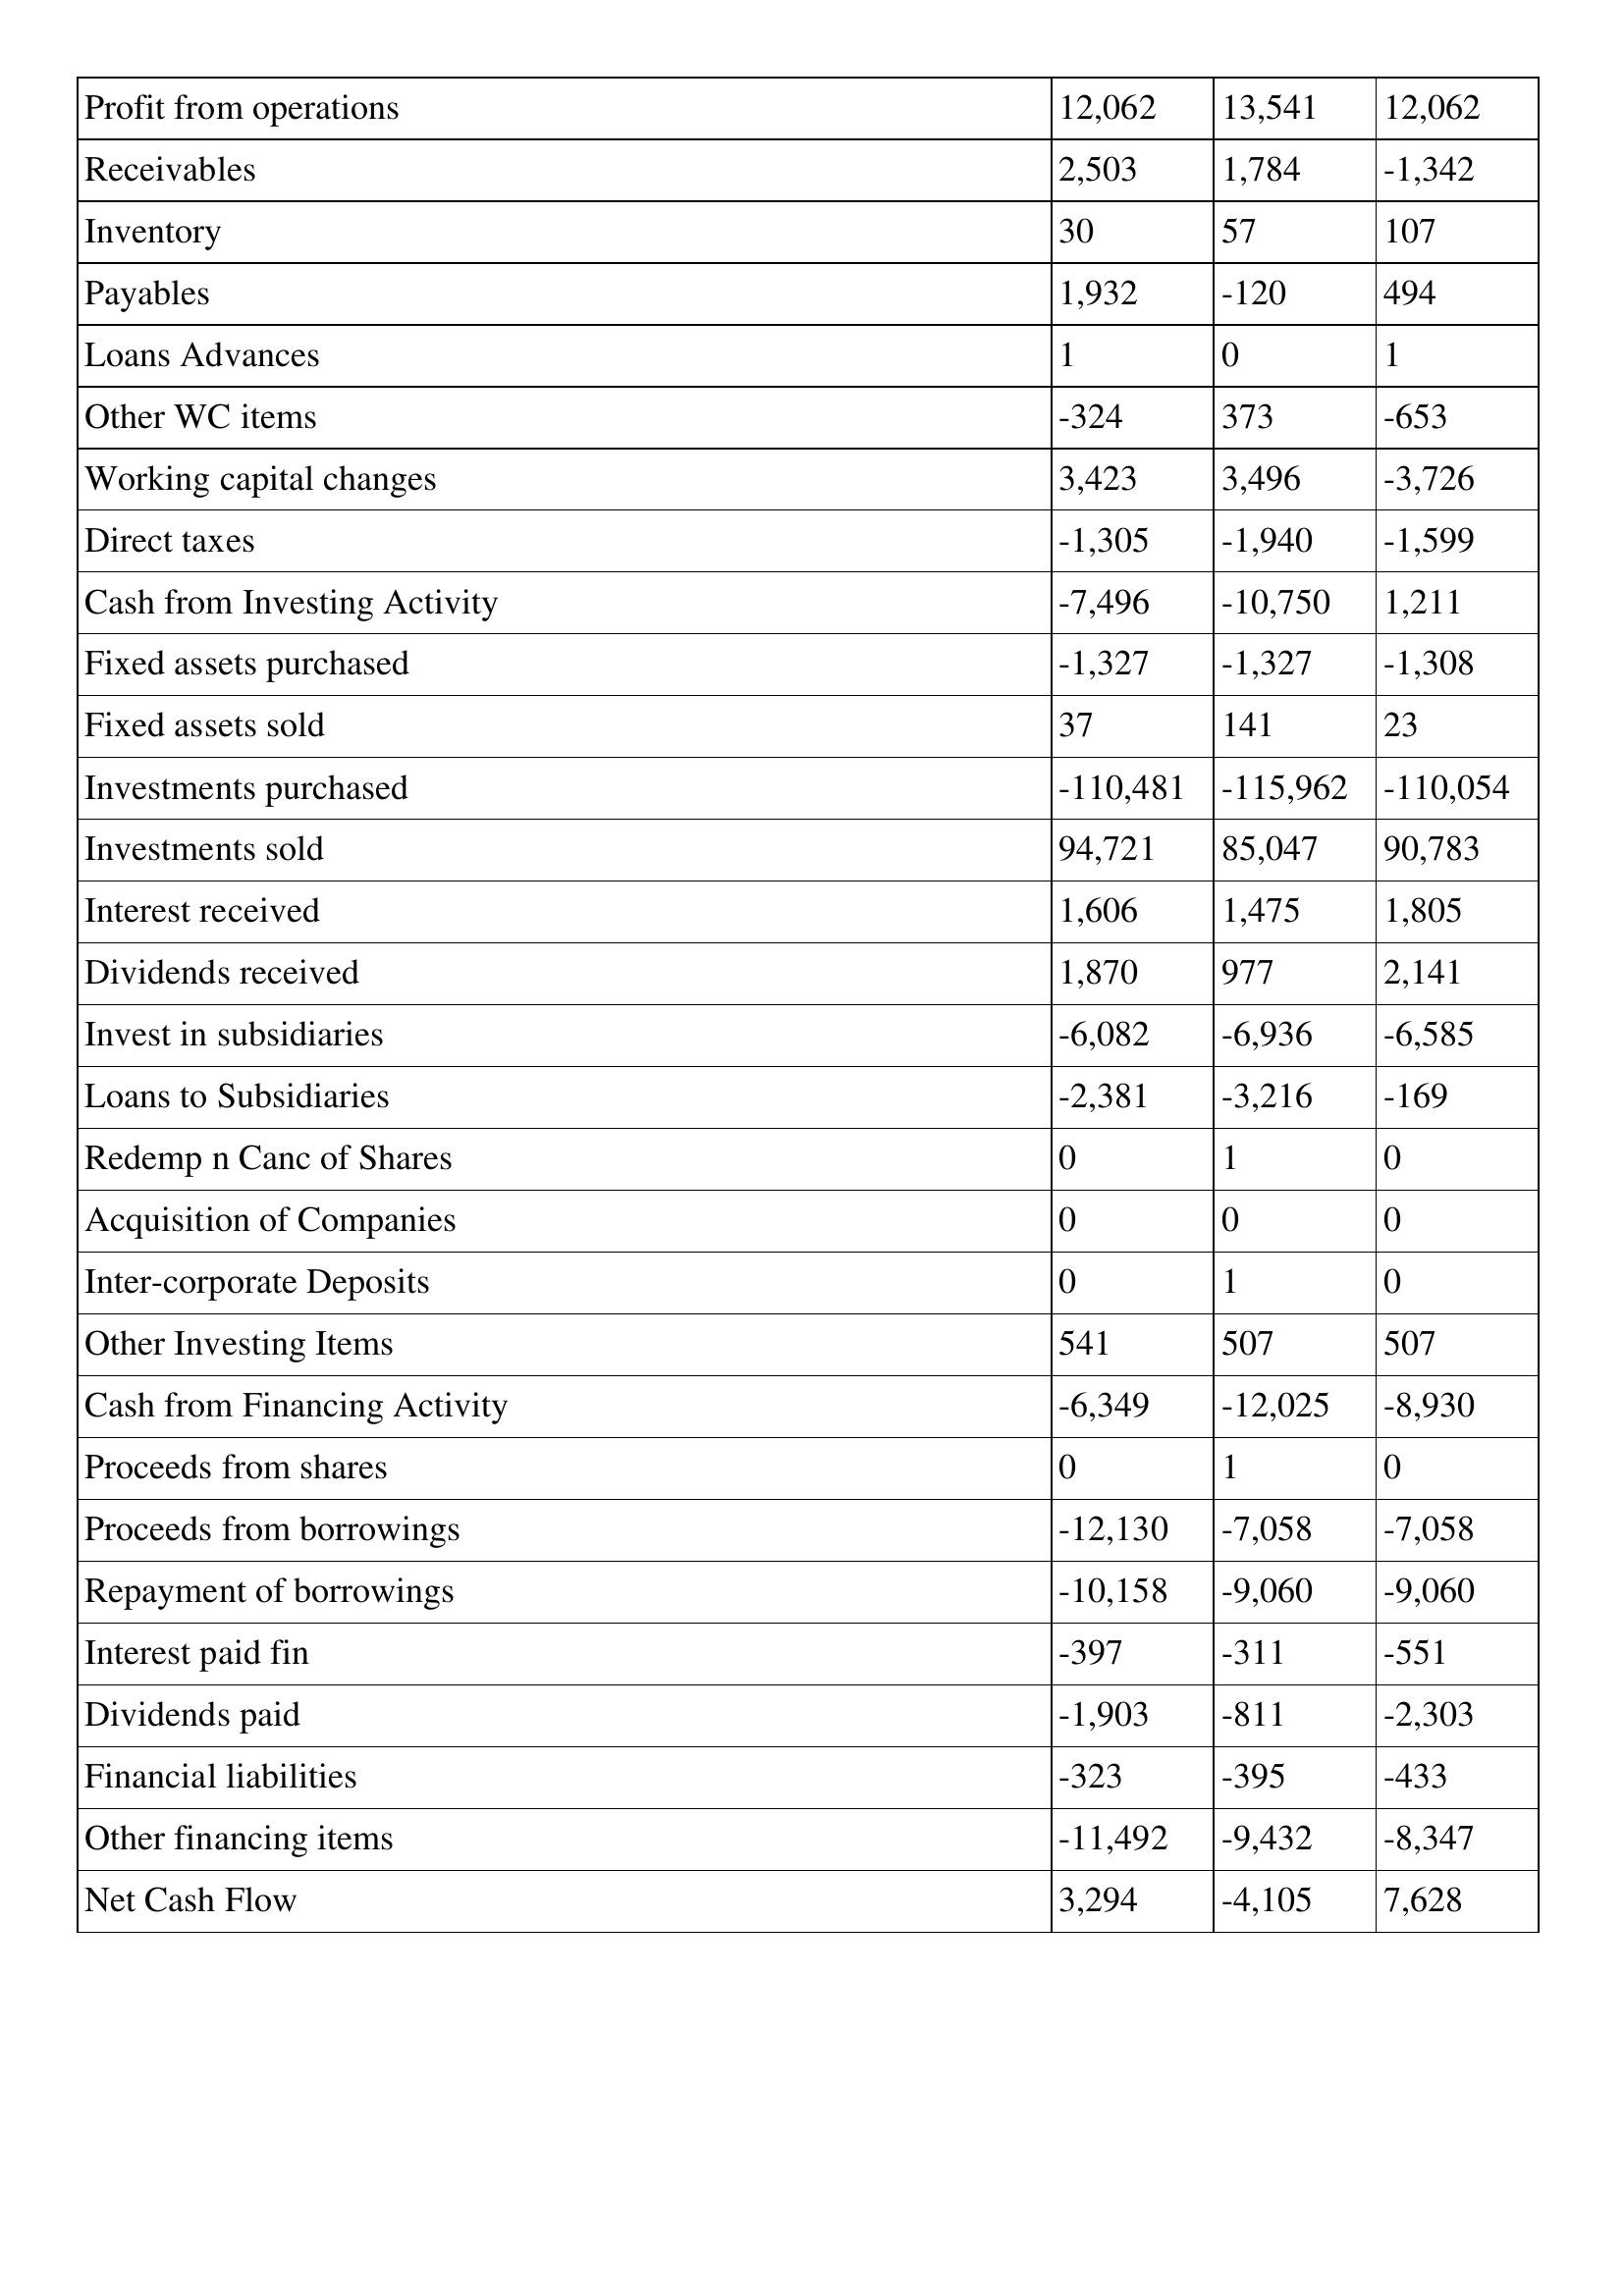
gt_parse: 2002: Cash Flows: Profit from operations: 12,062
Receivables: 2,503
Inventory: 30
Payables: 1,932
Loans Advances: 1
Other WC items: -324
Working capital changes: 3,423
Direct taxes: -1,305
Cash from Investing Activity: -7,496
Fixed assets purchased: -1,327
Fixed assets sold: 37
Investments purchased: -110,481
Investments sold: 94,721
Interest received: 1,606
Dividends received: 1,870
Invest in subsidiaries: -6,082
Loans to Subsidiaries: -2,381
Redemp n Canc of Shares: 0
Acquisition of Companies: 0
Inter-corporate Deposits: 0
Other Investing Items: 541
Cash from Financing Activity: -6,349
Proceeds from shares: 0
Proceeds from borrowings: -12,130
Repayment of borrowings: -10,158
Interest paid fin: -397
Dividends paid: -1,903
Financial liabilities: -323
Other financing items: -11,492
Net Cash Flow: 3,294
2001: Cash Flows: Profit from operations: 13,541
Receivables: 1,784
Inventory: 57
Payables: -120
Loans Advances: 0
Other WC items: 373
Working capital changes: 3,496
Direct taxes: -1,940
Cash from Investing Activity: -10,750
Fixed assets purchased: -1,327
Fixed assets sold: 141
Investments purchased: -115,962
Investments sold: 85,047
Interest received: 1,475
Dividends received: 977
Invest in subsidiaries: -6,936
Loans to Subsidiaries: -3,216
Redemp n Canc of Shares: 1
Acquisition of Companies: 0
Inter-corporate Deposits: 1
Other Investing Items: 507
Cash from Financing Activity: -12,025
Proceeds from shares: 1
Proceeds from borrowings: -7,058
Repayment of borrowings: -9,060
Interest paid fin: -311
Dividends paid: -811
Financial liabilities: -395
Other financing items: -9,432
Net Cash Flow: -4,105
2000: Cash Flows: Profit from operations: 12,062
Receivables: -1,342
Inventory: 107
Payables: 494
Loans Advances: 1
Other WC items: -653
Working capital changes: -3,726
Direct taxes: -1,599
Cash from Investing Activity: 1,211
Fixed assets purchased: -1,308
Fixed assets sold: 23
Investments purchased: -110,054
Investments sold: 90,783
Interest received: 1,805
Dividends received: 2,141
Invest in subsidiaries: -6,585
Loans to Subsidiaries: -169
Redemp n Canc of Shares: 0
Acquisition of Companies: 0
Inter-corporate Deposits: 0
Other Investing Items: 507
Cash from Financing Activity: -8,930
Proceeds from shares: 0
Proceeds from borrowings: -7,058
Repayment of borrowings: -9,060
Interest paid fin: -551
Dividends paid: -2,303
Financial liabilities: -433
Other financing items: -8,347
Net Cash Flow: 7,628